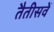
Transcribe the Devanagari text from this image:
तैतीसवें